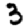
Digit: 3